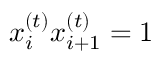
x _ { i } ^ { ( t ) } x _ { i + 1 } ^ { ( t ) } = 1